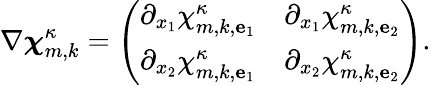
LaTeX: \nabla{\boldsymbol{\chi}}_{m,k}^{\kappa}=\left(\begin{array}{ll}{\partial_{x_{1}}\chi_{m,k,{\mathbf{e}}_{1}}^{\kappa}}&{\partial_{x_{1}}\chi_{m,k,{\mathbf{e}}_{2}}^{\kappa}}\\ {\partial_{x_{2}}\chi_{m,k,{\mathbf{e}}_{1}}^{\kappa}}&{\partial_{x_{2}}\chi_{m,k,{\mathbf{e}}_{2}}^{\kappa}}\end{array}\right).